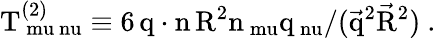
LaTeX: \mathrm{T_{\ mu\ nu}^{(2)}\equiv 6\, q\cdot n\, R^{2}n_{\ mu}q_{\ nu}/(\vec{q}^{2}\vec{R}^{2})~.}